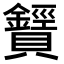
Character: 𧸶